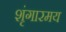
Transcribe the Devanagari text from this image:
शृंगारमय